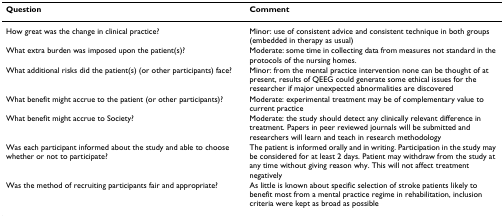
<table><thead><tr><td><b>Question</b></td><td><b>Comment</b></td></tr></thead><tbody><tr><td>How great was the change in clinical practice?</td><td>Minor: use of consistent advice and consistent technique in both groups (embedded in therapy as usual)</td></tr><tr><td>What extra burden was imposed upon the patient(s)?</td><td>Moderate: some time in collecting data from measures not standard in the protocols of the nursing homes.</td></tr><tr><td>What additional risks did the patient(s) (or other participants) face?</td><td>Minor: from the mental practice intervention none can be thought of at present, results of QEEG could generate some ethical issues for the researcher if major unexpected abnormalities are discovered</td></tr><tr><td>What benefit might accrue to the patient (or other participants)?</td><td>Moderate: experimental treatment may be of complementary value to current practice</td></tr><tr><td>What benefit might accrue to Society?</td><td>Moderate: the study should detect any clinically relevant difference in treatment. Papers in peer reviewed journals will be submitted and researchers will learn and teach in research methodology</td></tr><tr><td>Was each participant informed about the study and able to choose whether or not to participate?</td><td>The patient is informed orally and in writing. Participation in the study may be considered for at least 2 days. Patient may withdraw from the study at any time without giving reason why. This will not affect treatment negatively</td></tr><tr><td>Was the method of recruiting participants fair and appropriate?</td><td>As little is known about specific selection of stroke patients likely to benefit most from a mental practice regime in rehabilitation, inclusion criteria were kept as broad as possible</td></tr></tbody></table>